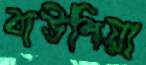
বাউশিয়া